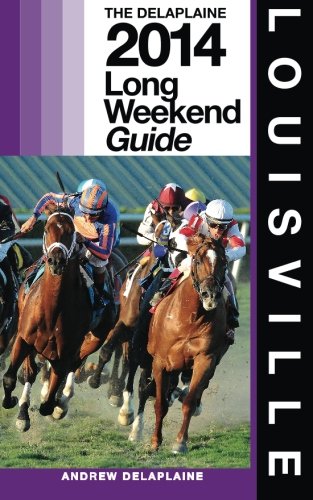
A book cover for LOUISVILLE - The Delaplaine 2014 Long Weekend Guide (Long Weekend Guides); Andrew Delaplaine; Travel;